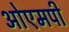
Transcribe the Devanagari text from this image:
ओएमपी